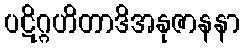
ပဋိဂ္ဂဟိတာဒိအနုဇာနနာ